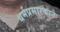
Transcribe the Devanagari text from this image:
धर्मप्रसारकाने